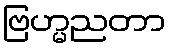
ဗြဟ္မညတာ